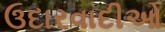
ઉદારવાદીઓ